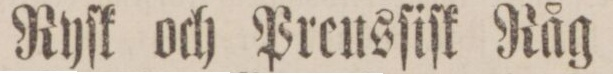
Ryſk och Preusſiſk Råg